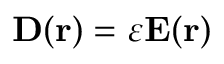
\mathbf { D ( r ) } = \varepsilon \mathbf { E ( r ) }